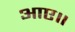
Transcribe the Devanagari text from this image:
आए॥